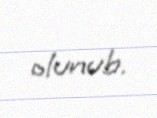
olunub.